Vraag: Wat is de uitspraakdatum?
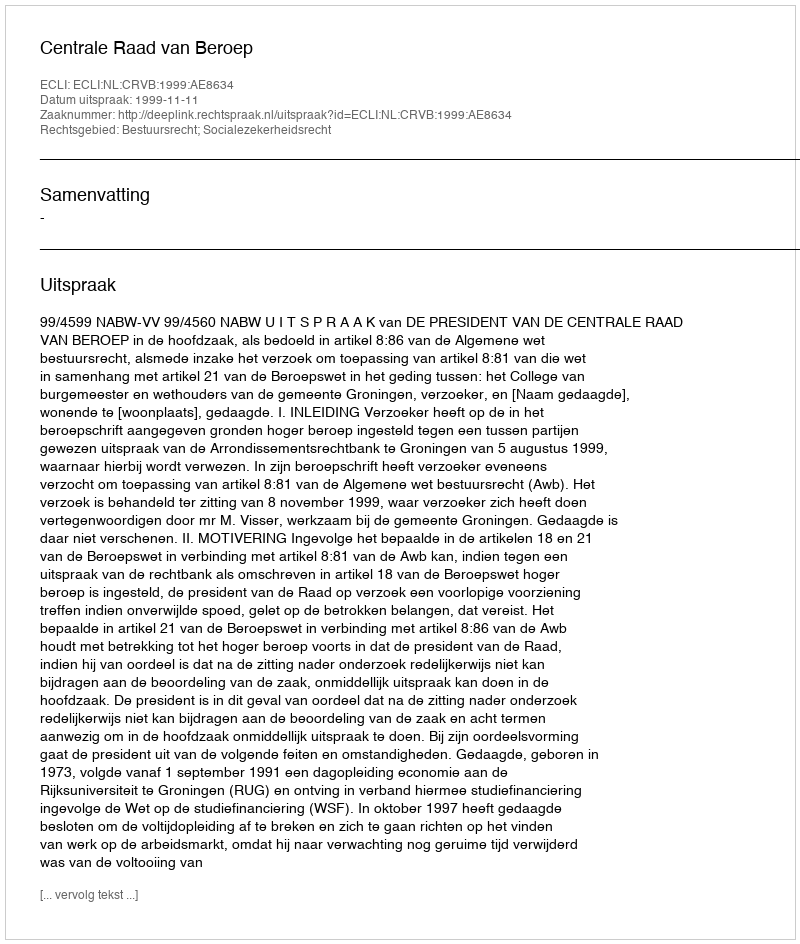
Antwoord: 1999-11-11